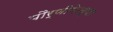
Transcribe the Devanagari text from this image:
पौर्णीमेच्या